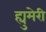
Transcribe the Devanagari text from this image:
ह्युमेरी